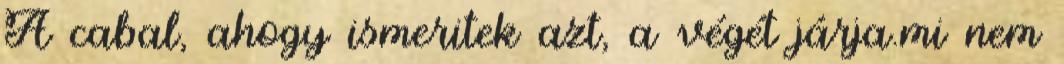
A cabal, ahogy ismeritek azt, a végét járja.mi nem